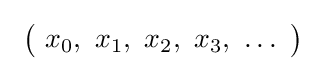
\ {\bigl (}\ x_{0},\ x_{1},\ x_{2},\ x_{3},\ \ldots \ {\bigr )}\